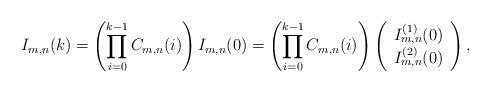
LaTeX: \begin{align*}I_{m,n}(k) = \left(\prod_{i=0}^{k-1} C_{m,n}(i)\right)I_{m,n}(0) = \left(\prod_{i=0}^{k-1} C_{m,n}(i)\right)\left(\begin{array}{c}I_{m,n}^{(1)}(0) \\ I_{m,n}^{(2)}(0)\end{array}\right),\end{align*}